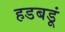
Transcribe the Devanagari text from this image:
हडबडूं